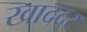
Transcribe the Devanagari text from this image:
खाददर